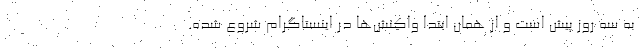
به سه روز پیش است و از همان ابتدا واکنش‌ها در اینستاگرام شروع شده.